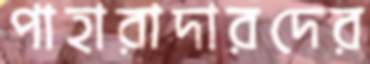
পাহারাদারদের